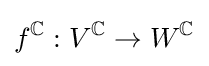
f^{\mathbb {C} }:V^{\mathbb {C} }\to W^{\mathbb {C} }